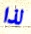
لذا